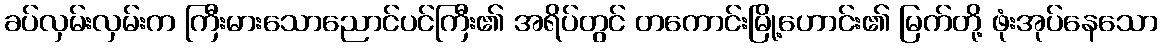
ခပ်လှမ်းလှမ်းက ကြီးမားသောညောင်ပင်ကြီး၏ အရိပ်တွင် တကောင်းမြို့ဟောင်း၏ မြက်တို့ ဖုံးအုပ်နေသော